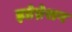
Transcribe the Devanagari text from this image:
इप्रेग्नेशन